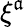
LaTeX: \xi^{\mathfrak{a}}